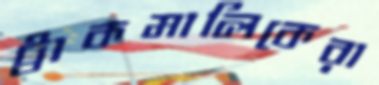
ট্রাকমালিকেরা